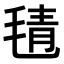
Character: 𣮛